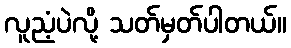
လူညံ့ပဲလို့ သတ်မှတ်ပါတယ်။